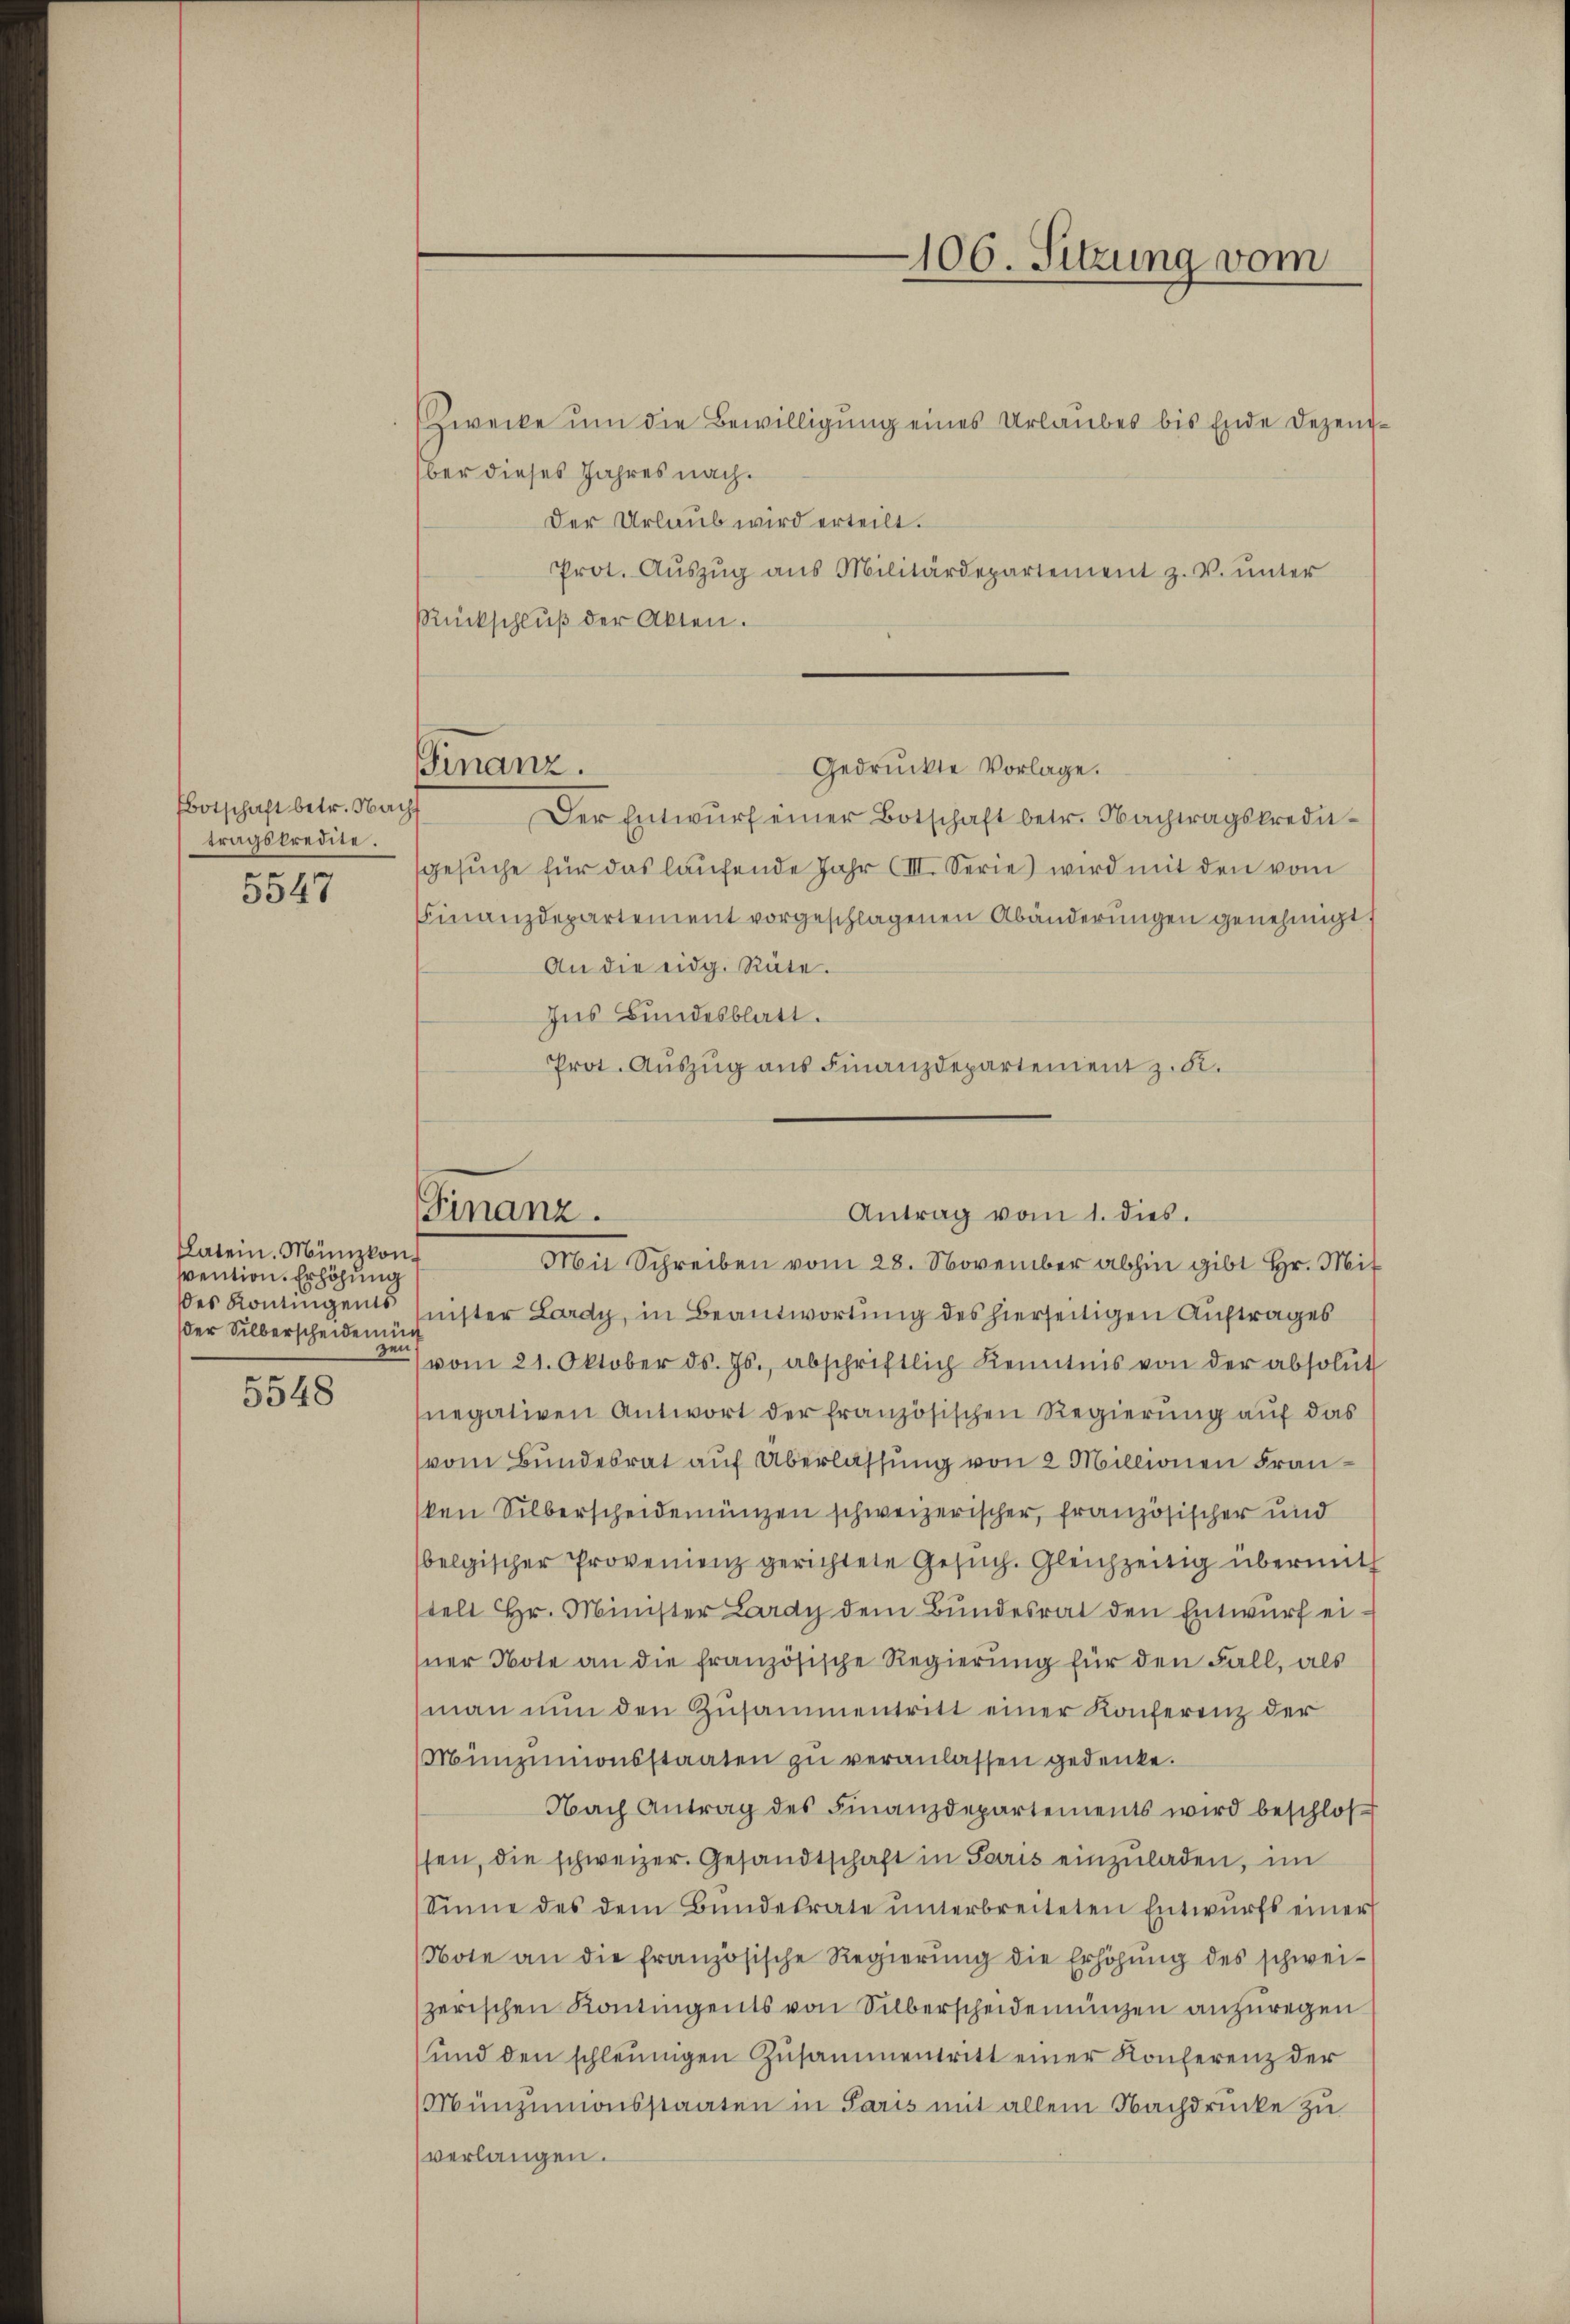
Botschaft betr. Nach
tragskredite.

5547

Latein. Münzkon.
svention. Erhöhung
der Silberscheiden
zen

5548

Zwecke um die Bewilligung eines Urlaubes bis Ende Dezengber dieses Jahres nach.
Der Urlaub wird erteilt.
Prot. Aŭszŭg ans Militärdepartement z. V. ŭnter
Rückschlŭβ der Akten.
Finanz.
Gedruckte Vorlage.
Der Entwurf einer Botschaft betr. Nachtragskredigesŭche für das laŭfende Jahr (III. Serie wird mit den vom
Finanzdepartement vorgeschlagenen Abänderungen genehmigt
An die eidg. Rüte.
Ins Bundesblatt.
Prot. Aŭszŭg aŭs Finanzdepartement z. B.

des Kontingents sichter Lardy, in Beantwortung des hierseitigen Auftrages
vom 21. Oktober ds. Js., abschriftlich Kenntnis von der absolut
negativen Antwort der französischen Regierung auf das
(vom Bundesrat auf Überlassung von 2 Millionen Fransken Silberscheidemünzen schweizerischer, französischer und
belgischer Provenienz gerichtete Gesuch. Gleichzeitig übermit
stelt Hr. Minister Lardy dem Bundesrat den Entwurf ei
sner Note an die französische Regierŭng für den Fall, als
(man nŭn den Zusammentritt einer Konferenz der
Minzinnionsstaaten zu veranlassen gedenke.
Nach Antrag des Finanzdepartements wird beschlos
ssen, die schweizer. Gesandtschaft in Paris einzuladen, im
Sinne des dem Bŭndesrate ŭnterbreiteten Entwŭrfs einer
Note an die französische Regierŭng die Erhöhŭng des schwei-
zerischen Kontingents von Silberscheidemünzen anzuregen
und den schleunigen Zusammentritt einer Konferenz der
Münzunionsstaaten in Paris mit allem Nachdrücke zu
verlangen.

106. Sitzung vom

Finanz.
Antrag vom 1. dies
Mit Schreiben vom 28. November abhin gibt Hr. Mi¬